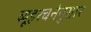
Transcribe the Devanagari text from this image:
व्यूहरचनेनुसार